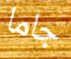
جاما